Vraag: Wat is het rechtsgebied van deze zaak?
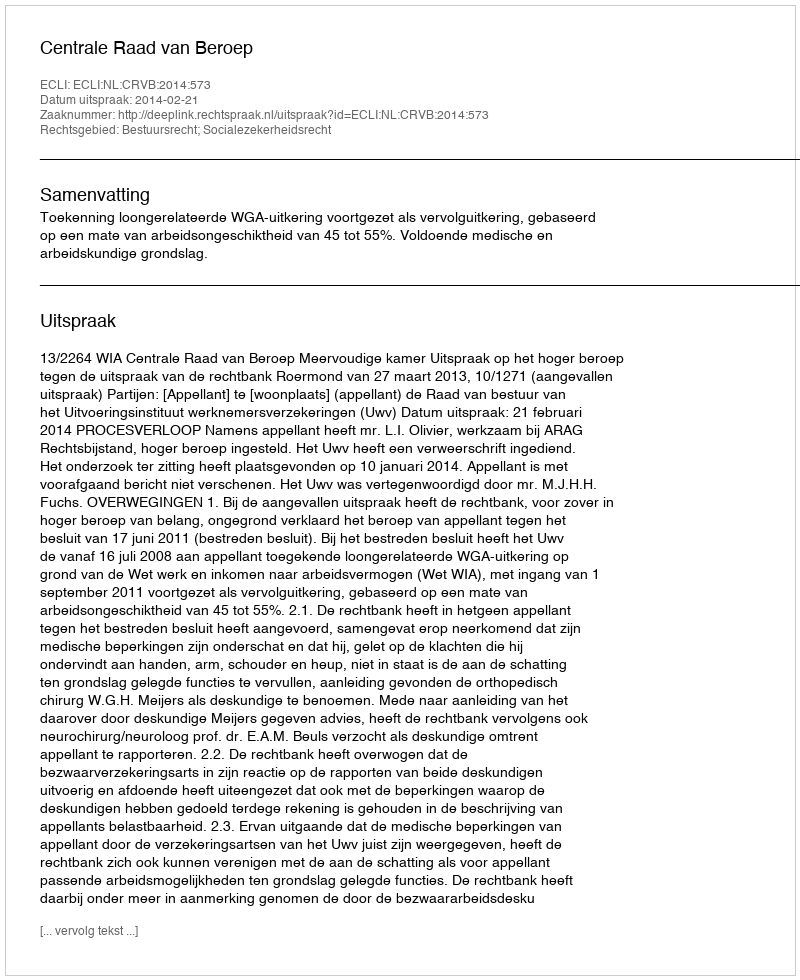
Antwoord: Bestuursrecht; Socialezekerheidsrecht